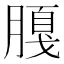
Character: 𱼕